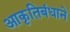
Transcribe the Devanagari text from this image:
आकृतिबंधाने